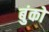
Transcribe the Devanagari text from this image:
बुंको